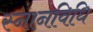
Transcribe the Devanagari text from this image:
स्नानविधि